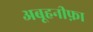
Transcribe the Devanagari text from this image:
अबूहनीफ़ा